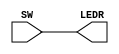
/* Copyright (C) 2014 Hadi Esmaeilzadeh */

module SwitchToLedR(SW, LEDR);
	input[9:0] SW;
	output[9:0] LEDR; 
	
	assign LEDR = SW;
endmodule